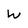
Character: W